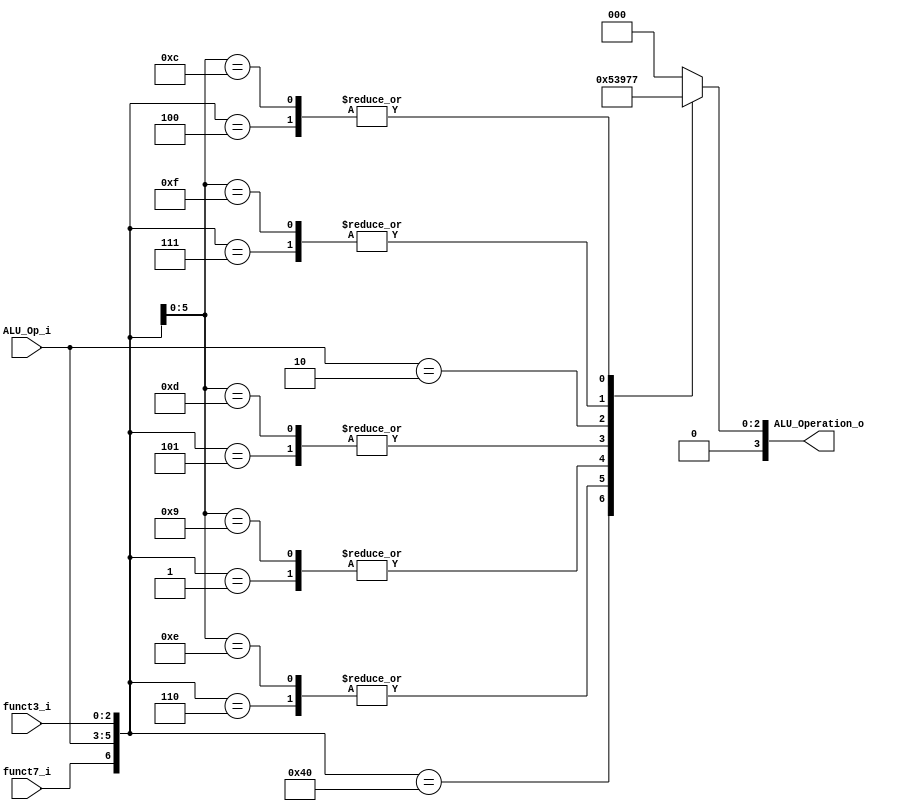
/******************************************************************
* Description
*	This is the control unit for the ALU. It receves a signal called 
*	ALUOp from the control unit and signals called funct7 and funct3  from
*	the instruction bus.
* Version:
*	1.0
* Author:
*	Dr. Jos Luis Pizano Escalante
* email:
*	luispizano@iteso.mx
* Date:
*	16/08/2021
******************************************************************/
module ALU_Control
(
	input funct7_i, 
	input [2:0] ALU_Op_i,
	input [2:0] funct3_i,
	

	output [3:0] ALU_Operation_o

);

//ALU_OP_I
//R = 000
//I,S = 001 S se incluye porque incluye la suma de un immediate (el offset)
//U = 010

localparam R_Type_ADD 	= 7'b0_000_000;
localparam R_Type_SUB 	= 7'b1_000_000;
localparam R_Type_OR 	= 7'b0_000_110;
localparam R_Type_SLL 	= 7'b0_000_001;
localparam R_Type_SRL 	= 7'b0_000_101;
localparam R_Type_AND 	= 7'b0_000_111;
localparam R_Type_XOR 	= 7'b0_000_100;

localparam S_Type_SW		= 7'bx_001_010;

localparam I_Type_ADDI 	= 7'bx_001_000;
localparam I_Type_ORI	= 7'bx_001_110;
localparam I_Type_SLLI	= 7'bx_001_001;
localparam I_Type_SRLI	= 7'bx_001_101;
localparam I_Type_ANDI 	= 7'bX_001_111;
localparam I_Type_XORI 	= 7'bX_001_100;

localparam I_Type_LW		= 7'bx_001_010;

localparam U_Type_LUI	= 7'bx_010_xxx;






reg [3:0] alu_control_values;
wire [6:0] selector;

assign selector = {funct7_i, ALU_Op_i, funct3_i};

always@(selector)begin
	casex(selector)
	
	R_Type_ADD 	: alu_control_values = 4'b0000;
	I_Type_ADDI	: alu_control_values = 4'b0000;
	
	S_Type_SW	: alu_control_values = 4'b0000;
	I_Type_LW	: alu_control_values = 4'b0000;
	
	R_Type_SUB 	: alu_control_values = 4'b0001;
	
	R_Type_OR	: alu_control_values = 4'b0010;
	I_Type_ORI	: alu_control_values = 4'b0010;

	R_Type_SLL	: alu_control_values = 4'b0011;
	I_Type_SLLI	: alu_control_values = 4'b0011;
	
	R_Type_SRL	: alu_control_values = 4'b0100;
	I_Type_SRLI	: alu_control_values = 4'b0100;
	
	
	U_Type_LUI	: alu_control_values = 4'b0101;
	
	R_Type_AND	: alu_control_values = 4'b0110;
	I_Type_ANDI	: alu_control_values = 4'b0110;
	
	R_Type_XOR	: alu_control_values = 4'b0111;
	I_Type_XORI	: alu_control_values = 4'b0111;
	
	
		default: alu_control_values = 4'b00_00;
	endcase
end


assign ALU_Operation_o = alu_control_values;



endmodule